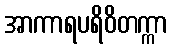
အာကာရပရိဝိတက္ကာ